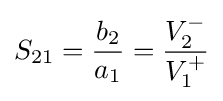
S_{21}={\frac {b_{2}}{a_{1}}}={\frac {V_{2}^{-}}{V_{1}^{+}}}